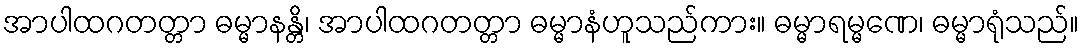
အာပါထဂတတ္တာ ဓမ္မာနန္တိ၊ အာပါထဂတတ္တာ ဓမ္မာနံဟူသည်ကား။ ဓမ္မာရမ္မဏေ၊ ဓမ္မာရုံသည်။